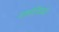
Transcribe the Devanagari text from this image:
यशोविग्रह